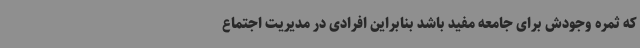
که ثمره وجودش برای جامعه مفید باشد بنابراین افرادی در مدیریت اجتماع